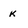
Character: k